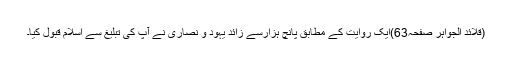
(قلائد الجواہر صفحہ63)ایک روایت کے مطابق پانچ ہزارسے زائد یہود و نصاریٰ نے آپ کی تبلیغ سے اسلام قبول کیا۔